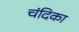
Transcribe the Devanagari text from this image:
चंदिका